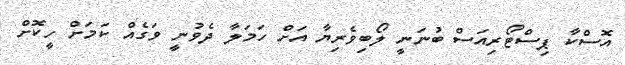
އޮސްކާ ޕިސްޓޯރިއަސް ބުނަނީ ލޯބިވެރިޔާ އަށް ހަމަލާ ދެވުނީ ވަގެއް ކަމަށް ހީކޮށް